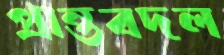
প্রান্তবদল